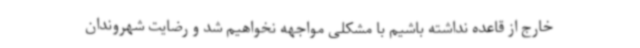
خارج از قاعده نداشته باشیم با مشکلی مواجهه نخواهیم شد و رضایت شهروندان